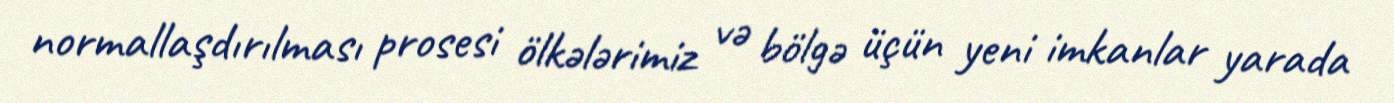
normallaşdırılması prosesi ölkələrimiz və bölgə üçün yeni imkanlar yarada